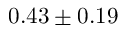
0 . 4 3 \pm 0 . 1 9